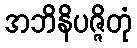
အဘိနိပဇ္ဇိတုံ